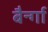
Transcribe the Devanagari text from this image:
बैर्न्गा